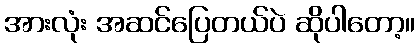
အားလုံး အဆင်ပြေတယ်ပဲ ဆိုပါတော့။